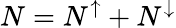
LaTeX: N=N^{\uparrow}+N^{\downarrow}